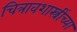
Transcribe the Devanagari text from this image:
चित्रावशास्त्रींच्या